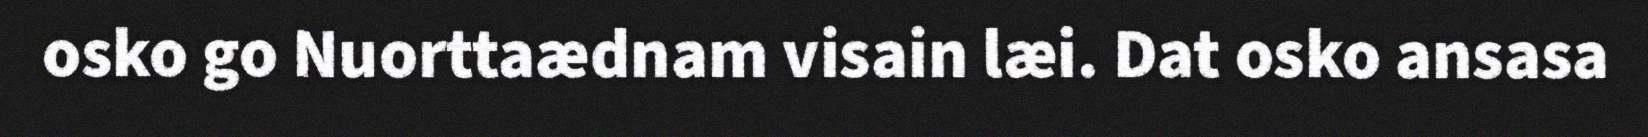
osko go Nuorttaædnam visain læi. Dat osko ansasa